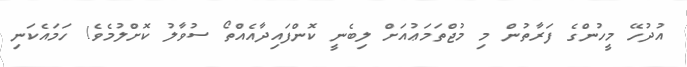
އުދުހޭ މީހުންގެ ފަރާތުން މި މުޖްތަމަޢުއަށް ލިބެނީ ކޮންފައިދާއެއްތޯ ސުވާލު ކޮށްލުމެވެ! ހަމައެކަނި